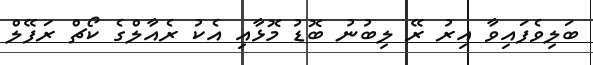
ބަލިވެފައިވާ އިރު ރޭ ލިބުނު ބޮޑު މޮޅާއި އެކު ރެއާލްގެ ކޯޗް ރަފޭލް